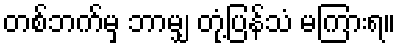
တစ်ဘက်မှ ဘာမျှ တုံ့ပြန်သံ မကြားရ။